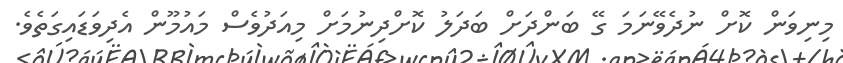
މިނިވަން ކޮށް ނުދެވޭނަމަ ގޭ ބަންދަށް ބަދަލު ކޮށްދިނުމަށް މިއަދުވެސް މައުމޫން އެދިވަޑައިގަތެވެ.